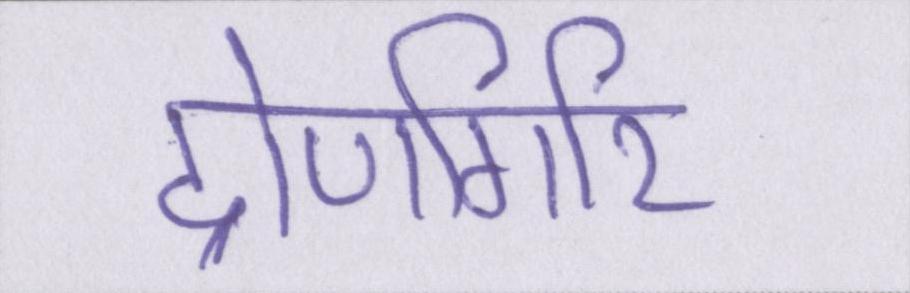
द्रोणगिरि